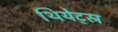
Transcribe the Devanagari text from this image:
थियेट्स्र